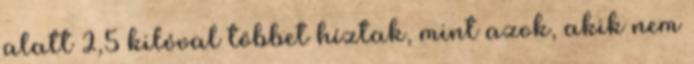
alatt 2,5 kilóval többet híztak, mint azok, akik nem